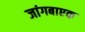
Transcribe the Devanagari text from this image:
जांगबाएक